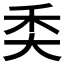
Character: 𥝚